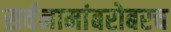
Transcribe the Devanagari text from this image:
सर्वनामांबरोबरच